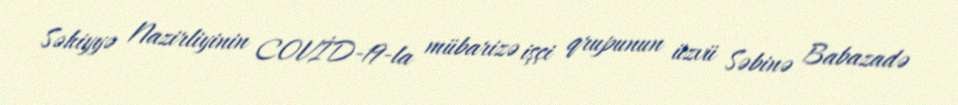
Səhiyyə Nazirliyinin COVİD-19-la mübarizə işçi qrupunun üzvü Səbinə Babazadə